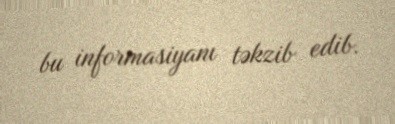
bu informasiyanı təkzib edib.